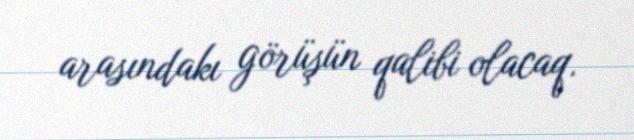
arasındakı görüşün qalibi olacaq.